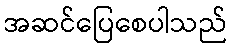
အဆင်ပြေစေပါသည်